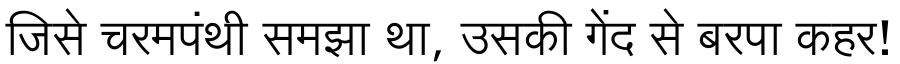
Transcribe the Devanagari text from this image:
जिसे चरमपंथी समझा था, उसकी गेंद से बरपा कहर!